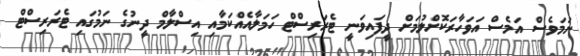
ނަމަވެސް އަމެސް އަވަހާރަކޮށްލުމަށް ދީފައިވަނީ ޓެރަރިސްޓް ހަމަލާއެއްކަމާއި އިސްލާމް ދީނުގެ ނަމުގައި ޓެރަރިސްޓް